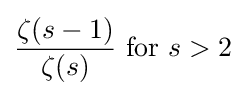
{\frac {\zeta (s-1)}{\zeta (s)}}~{\textrm {for}}~s>2